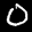
Label: 0